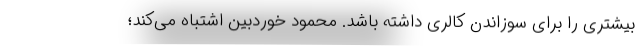
بیشتری را برای سوزاندن کالری داشته باشد. محمود خوردبین اشتباه می‌کند؛